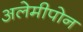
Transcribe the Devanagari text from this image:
अलेमीपोन